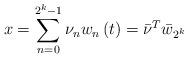
LaTeX: \begin{align*}x=\sum_{n=0}^{2^{k}-1}\nu _{n}w_{n}\left( t\right) =\bar{\nu}^{T}\bar{w}_{2^{k}} \end{align*}